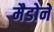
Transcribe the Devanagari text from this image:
मैडोने